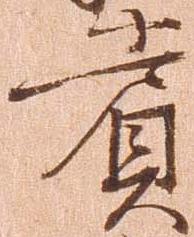
賞